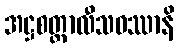
အဋ္ဌစတ္တာလီသဝဿာနိ